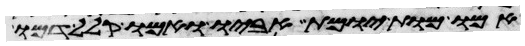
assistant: אמו מות יומת אביו ואמו קלל דמו